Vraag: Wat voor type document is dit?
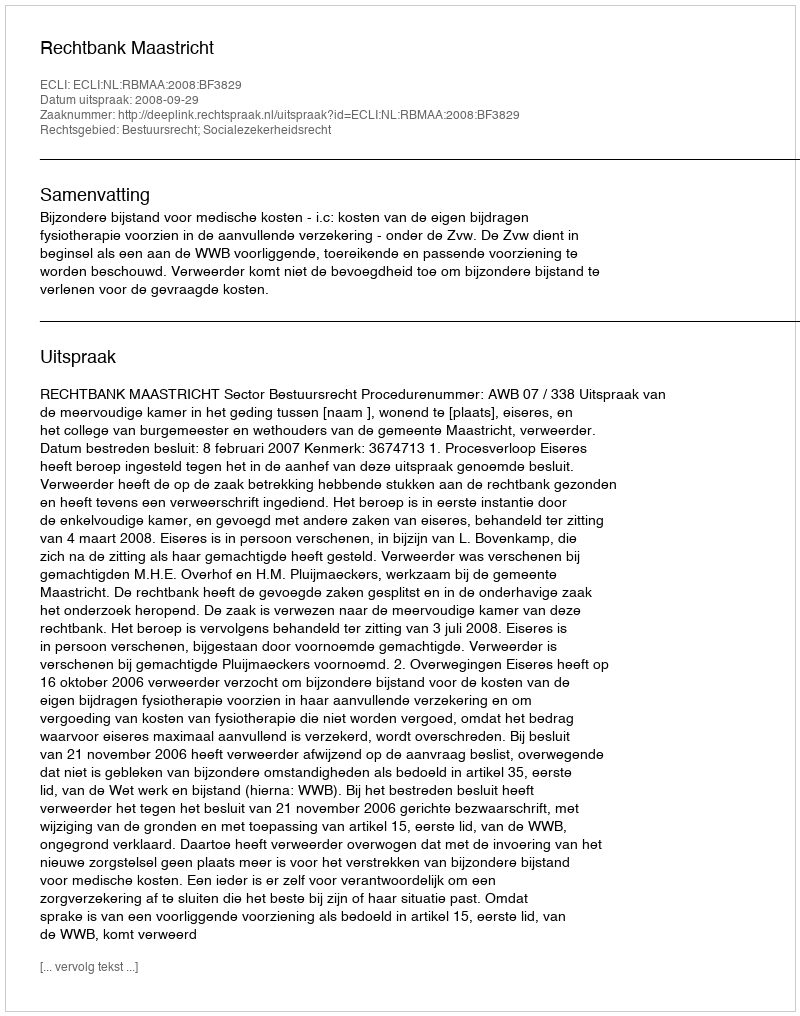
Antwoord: Uitspraak